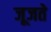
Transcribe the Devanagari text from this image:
जूजते